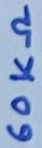
Text: 60KΩ